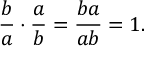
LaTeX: { \frac { b } { a } } \cdot { \frac { a } { b } } = { \frac { b a } { a b } } = 1 .